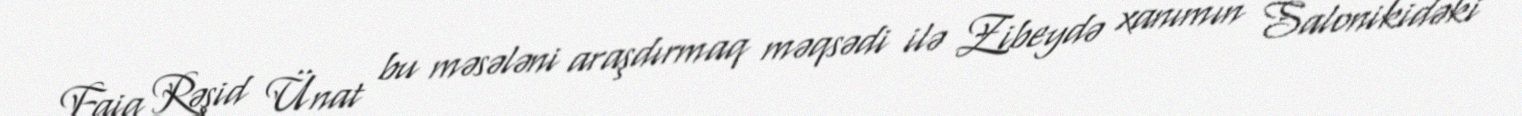
Faiq Rəşid Ünat bu məsələni araşdırmaq məqsədi ilə Zibeydə xanımın Salonikidəki